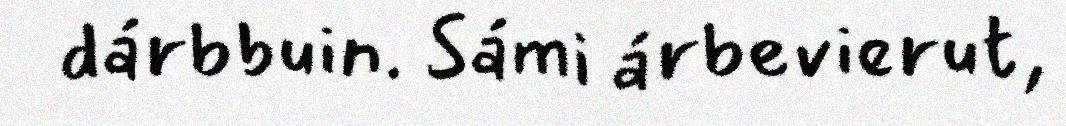
dárbbuin. Sámi árbevierut,